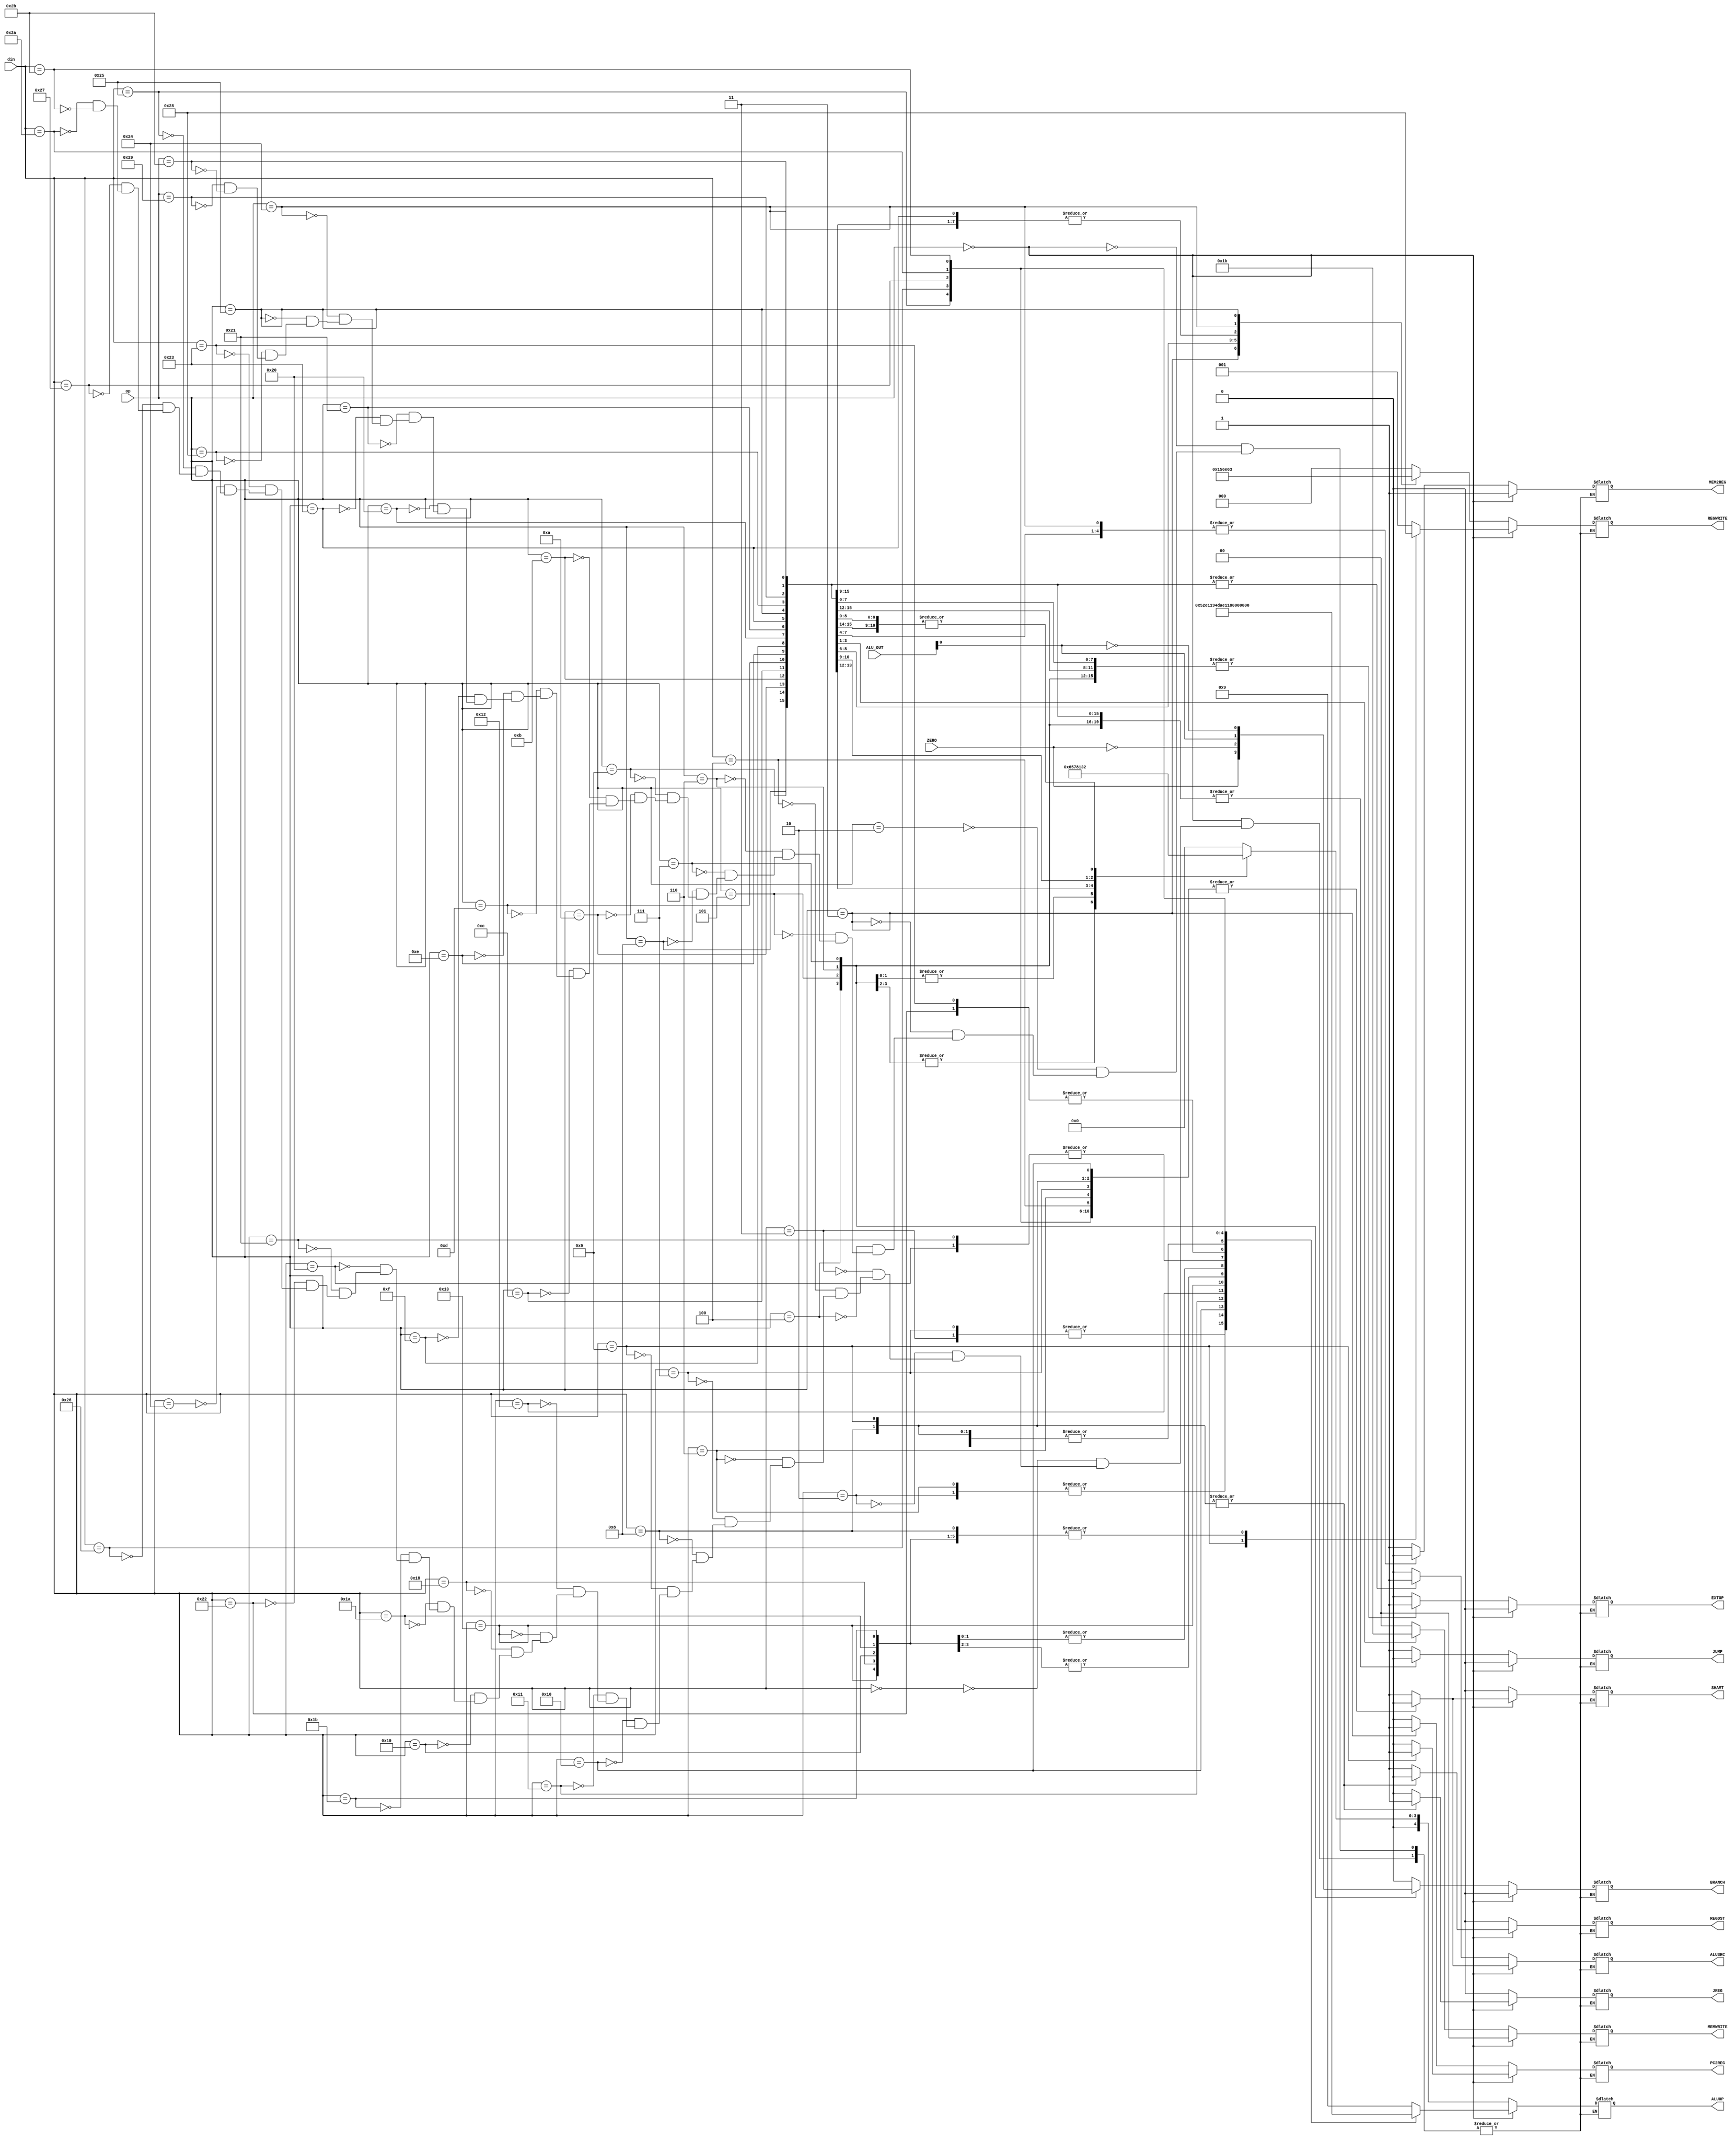
`timescale 1ns / 1ps

module MainControl(op, din, ALU_OUT, ZERO, REGDST, REGWRITE, EXTOP,
    ALUSRC, ALUOP, MEMWRITE, MEM2REG, SHAMT, JUMP, BRANCH, PC2REG, JREG
    );
    input [31:0] ALU_OUT;
    input [5:0] op;
    input [5:0] din;
    input ZERO;
    output reg [4:0] ALUOP;
    output reg [2:0] REGWRITE;
    output reg [1:0] MEMWRITE;
    
    output reg REGDST;
    output reg EXTOP;
    output reg ALUSRC;
    output reg MEM2REG;
    output reg SHAMT;
    output reg JUMP;
    output reg BRANCH;
    output reg PC2REG;
    output reg JREG;
    
    always @(*) begin
        // Rtype
        if (op == 0) begin
            case(din)                     
                6'h00 : begin // SLL      
                    REGWRITE <= 1;        
                    MEMWRITE <= 0;        
                    MEM2REG <= 1;         
                    REGDST <= 1;          
                    ALUOP <= 5'b01001;    
                    EXTOP <= 0;           
                    ALUSRC <= 1;          
                    SHAMT <= 1;           
                    JUMP <= 0;            
                    BRANCH <= 0;          
                    PC2REG <= 0;          
                    JREG <= 0;            
                end
                6'h02 : begin // SRL
                    REGWRITE <= 1;
                    MEMWRITE <= 0;
                    MEM2REG <= 1;
                    REGDST <= 1;
                    ALUOP <= 5'b01010;
                    EXTOP <= 0;
                    ALUSRC <= 1;
                    SHAMT <= 1;
                    JUMP <= 0;
                    BRANCH <= 0;
                    PC2REG <= 0;
                    JREG <= 0;
                end
                6'h03 : begin // SRA
                    REGWRITE <= 1;
                    MEMWRITE <= 0;
                    MEM2REG <= 1;
                    REGDST <= 1;
                    ALUOP <= 5'b01011;
                    EXTOP <= 0;
                    ALUSRC <= 1;
                    SHAMT <= 1;
                    JUMP <= 0;
                    BRANCH <= 0;
                    PC2REG <= 0;
                    JREG <= 0;
                end
                6'h04 : begin // SLLV
                    REGWRITE <= 1;
                    MEMWRITE <= 0;
                    MEM2REG <= 1;
                    REGDST <= 1;
                    ALUOP <= 5'b01001;
                    EXTOP <= 0;
                    ALUSRC <= 0;
                    SHAMT <= 0;
                    JUMP <= 0;
                    BRANCH <= 0;
                    PC2REG <= 0;
                    JREG <= 0;
                end
                6'h06 : begin // SRLV
                    REGWRITE <= 1;
                    MEMWRITE <= 0;
                    MEM2REG <= 1;
                    REGDST <= 1;
                    ALUOP <= 5'b01010;
                    EXTOP <= 0;
                    ALUSRC <= 0;
                    SHAMT <= 0;
                    JUMP <= 0;
                    BRANCH <= 0;
                    PC2REG <= 0;
                    JREG <= 0;
                end
                6'h07 : begin // SRAV
                    REGWRITE <= 1;
                    MEMWRITE <= 0;
                    MEM2REG <= 1;
                    REGDST <= 1;
                    ALUOP <= 5'b01011;
                    EXTOP <= 0;
                    ALUSRC <= 0;
                    SHAMT <= 0;
                    JUMP <= 0;
                    BRANCH <= 0;
                    PC2REG <= 0;
                    JREG <= 0;
                end
                6'h08 : begin // JR
                    REGWRITE <= 0;
                    MEMWRITE <= 0;
                    MEM2REG <= 1;
                    REGDST <= 0;
                    ALUOP <= 5'b00000;
                    EXTOP <= 0;
                    ALUSRC <= 0;
                    SHAMT <= 0;
                    JUMP <= 0;
                    BRANCH <= 0;
                    PC2REG <= 0;
                    JREG <= 1;
                end
                6'h09 : begin // JALR
                    REGWRITE <= 5;
                    MEMWRITE <= 0;
                    MEM2REG <= 1;
                    REGDST <= 0;
                    ALUOP <= 5'b00000;
                    EXTOP <= 0;
                    ALUSRC <= 0;
                    SHAMT <= 0;
                    JUMP <= 0;
                    BRANCH <= 0;
                    PC2REG <= 1;
                    JREG <= 1;
                end
                6'h10 : begin // MFHI
                    REGWRITE <= 1;
                    MEMWRITE <= 0;
                    MEM2REG <= 1;
                    REGDST <= 1;
                    ALUOP <= 5'b10000;
                    EXTOP <= 0;
                    ALUSRC <= 0;
                    SHAMT <= 0;
                    JUMP <= 0;
                    BRANCH <= 0;
                    PC2REG <= 0;
                    JREG <= 0;
                end
                6'h11 : begin // MTHI
                    REGWRITE <= 0;
                    MEMWRITE <= 0;
                    MEM2REG <= 1;
                    REGDST <= 1;
                    ALUOP <= 5'b10001;
                    EXTOP <= 0;
                    ALUSRC <= 0;
                    SHAMT <= 0;
                    JUMP <= 0;
                    BRANCH <= 0;
                    PC2REG <= 0;
                    JREG <= 0;
                end
                6'h12 : begin // MFLO
                    REGWRITE <= 1;
                    MEMWRITE <= 0;
                    MEM2REG <= 1;
                    REGDST <= 1;
                    ALUOP <= 5'b10010;
                    EXTOP <= 0;
                    ALUSRC <= 0;
                    SHAMT <= 0;
                    JUMP <= 0;
                    BRANCH <= 0;
                    PC2REG <= 0;
                    JREG <= 0;
                end
                6'h13 : begin // MTLO
                    REGWRITE <= 0;
                    MEMWRITE <= 0;
                    MEM2REG <= 1;
                    REGDST <= 1;
                    ALUOP <= 5'b10011;
                    EXTOP <= 0;
                    ALUSRC <= 0;
                    SHAMT <= 0;
                    JUMP <= 0;
                    BRANCH <= 0;
                    PC2REG <= 0;
                    JREG <= 0;
                end
                6'h18 : begin // MULT = MULTU
                    REGWRITE <= 0;
                    MEMWRITE <= 0;
                    MEM2REG <= 1;
                    REGDST <= 1;
                    ALUOP <= 5'b01101;
                    EXTOP <= 0;
                    ALUSRC <= 0;
                    SHAMT <= 0;
                    JUMP <= 0;
                    BRANCH <= 0;
                    PC2REG <= 0;
                    JREG <= 0;
                end
                6'h19 : begin // MULTU
                    REGWRITE <= 0;
                    MEMWRITE <= 0;
                    MEM2REG <= 1;
                    REGDST <= 1;
                    ALUOP <= 5'b01101;
                    EXTOP <= 0;
                    ALUSRC <= 0;
                    SHAMT <= 0;
                    JUMP <= 0;
                    BRANCH <= 0;
                    PC2REG <= 0;
                    JREG <= 0;
                end
                6'h1a : begin // DIV = DIVU
                    REGWRITE <= 0;
                    MEMWRITE <= 0;
                    MEM2REG <= 1;
                    REGDST <= 1;
                    ALUOP <= 5'b01110;
                    EXTOP <= 0;
                    ALUSRC <= 0;
                    SHAMT <= 0;
                    JUMP <= 0;
                    BRANCH <= 0;
                    PC2REG <= 0;
                    JREG <= 0;
                end
                6'h1b : begin // DIVU
                    REGWRITE <= 0;
                    MEMWRITE <= 0;
                    MEM2REG <= 1;
                    REGDST <= 1;
                    ALUOP <= 5'b01110;
                    EXTOP <= 0;
                    ALUSRC <= 0;
                    SHAMT <= 0;
                    JUMP <= 0;
                    BRANCH <= 0;
                    PC2REG <= 0;
                    JREG <= 0;
                end
                6'h20 : begin // ADD
                    REGWRITE <= 1;
                    MEMWRITE <= 0;
                    MEM2REG <= 1;
                    REGDST <= 1;
                    ALUOP <= 5'b00010;
                    EXTOP <= 0;
                    ALUSRC <= 0;
                    SHAMT <= 0;
                    JUMP <= 0;
                    BRANCH <= 0;
                    PC2REG <= 0;
                    JREG <= 0;
                end
                6'h21 : begin // ADDU
                    REGWRITE <= 1;
                    MEMWRITE <= 0;
                    MEM2REG <= 1;
                    REGDST <= 1;
                    ALUOP <= 5'b00010;
                    EXTOP <= 0;
                    ALUSRC <= 0;
                    SHAMT <= 0;
                    JUMP <= 0;
                    BRANCH <= 0;
                    PC2REG <= 0;
                    JREG <= 0;
                end
                6'h22 : begin // SUB
                    REGWRITE <= 1;
                    MEMWRITE <= 0;
                    MEM2REG <= 1;
                    REGDST <= 1;
                    ALUOP <= 5'b00110;
                    EXTOP <= 0;
                    ALUSRC <= 0;
                    SHAMT <= 0;
                    JUMP <= 0;
                    BRANCH <= 0;
                    PC2REG <= 0;
                    JREG <= 0;
                end
                6'h23 : begin // SUBU
                    REGWRITE <= 1;
                    MEMWRITE <= 0;
                    MEM2REG <= 1;
                    REGDST <= 1;
                    ALUOP <= 5'b00110;
                    EXTOP <= 0;
                    ALUSRC <= 0;
                    SHAMT <= 0;
                    JUMP <= 0;
                    BRANCH <= 0;
                    PC2REG <= 0;
                    JREG <= 0;
                end
                6'h24 : begin // AND
                    REGWRITE <= 1;
                    MEMWRITE <= 0;
                    MEM2REG <= 1;
                    REGDST <= 1;
                    ALUOP <= 5'b00000;
                    EXTOP <= 0;
                    ALUSRC <= 0;
                    SHAMT <= 0;
                    JUMP <= 0;
                    BRANCH <= 0;
                    PC2REG <= 0;
                    JREG <= 0;
                end
                6'h25 : begin // OR
                    REGWRITE <= 1;
                    MEMWRITE <= 0;
                    MEM2REG <= 1;
                    REGDST <= 1;
                    ALUOP <= 5'b00001;
                    EXTOP <= 0;
                    ALUSRC <= 0;
                    SHAMT <= 0;
                    JUMP <= 0;
                    BRANCH <= 0;
                    PC2REG <= 0;
                    JREG <= 0;
                end
                6'h26 : begin // XOR
                    REGWRITE <= 1;
                    MEMWRITE <= 0;
                    MEM2REG <= 1;
                    REGDST <= 1;
                    ALUOP <= 5'b00011;
                    EXTOP <= 0;
                    ALUSRC <= 0;
                    SHAMT <= 0;
                    JUMP <= 0;
                    BRANCH <= 0;
                    PC2REG <= 0;
                    JREG <= 0;
                end
                6'h27 : begin // NOR
                    REGWRITE <= 1;
                    MEMWRITE <= 0;
                    MEM2REG <= 1;
                    REGDST <= 1;
                    ALUOP <= 5'b01100;
                    EXTOP <= 0;
                    ALUSRC <= 0;
                    SHAMT <= 0;
                    JUMP <= 0;
                    BRANCH <= 0;
                    PC2REG <= 0;
                    JREG <= 0;
                end
                6'h2a : begin // SLT
                    REGWRITE <= 1;
                    MEMWRITE <= 0;
                    MEM2REG <= 1;
                    REGDST <= 1;
                    ALUOP <= 5'b00111;
                    EXTOP <= 0;
                    ALUSRC <= 0;
                    SHAMT <= 0;
                    JUMP <= 0;
                    BRANCH <= 0;
                    PC2REG <= 0;
                    JREG <= 0;
                end
                6'h2b : begin // SLTU
                    REGWRITE <= 1;
                    MEMWRITE <= 0;
                    MEM2REG <= 1;
                    REGDST <= 1;
                    ALUOP <= 5'b01000;
                    EXTOP <= 0;
                    ALUSRC <= 0;
                    SHAMT <= 0;
                    JUMP <= 0;
                    BRANCH <= 0;
                    PC2REG <= 0;
                    JREG <= 0;
                end
            endcase
        end else begin //Itype & Jtype
            case(op)
                6'h02 : begin // J
                    REGDST <= 0;
                    EXTOP <= 0;
                    ALUSRC <= 0;
                    ALUOP <= 5'b00000;
                    REGWRITE <= 0;
                    MEMWRITE <= 0;
                    MEM2REG <= 1;
                    SHAMT <= 0;
                    JUMP <= 1;
                    BRANCH <= 0;
                    PC2REG <= 0;
                    JREG <= 0;
                end
                6'h03 : begin // JAL
                    REGDST <= 0;
                    EXTOP <= 0;
                    ALUSRC <= 0;
                    ALUOP <= 5'b00000;
                    REGWRITE <= 5;
                    MEMWRITE <= 0;
                    MEM2REG <= 1;
                    SHAMT <= 0;
                    JUMP <= 1;
                    BRANCH <= 0;
                    PC2REG <= 1;
                    JREG <= 0;
                end
                6'h04 : begin // BEQ
                    REGDST <= 0;
                    EXTOP <= 1;
                    ALUSRC <= 0;
                    ALUOP <= 5'b00110;
                    REGWRITE <= 0;
                    MEMWRITE <= 0;
                    MEM2REG <= 1;
                    SHAMT <= 0;
                    JUMP <= 0;
                    BRANCH <= ZERO;
                    PC2REG <= 0;
                    JREG <= 0;
                end
                6'h05 : begin // BNE
                    REGDST <= 0;
                    EXTOP <= 1;
                    ALUSRC <= 0;
                    ALUOP <= 5'b00110;
                    REGWRITE <= 0;
                    MEMWRITE <= 0;
                    MEM2REG <= 1;
                    SHAMT <= 0;
                    JUMP <= 0;
                    BRANCH <= !ZERO;
                    PC2REG <= 0;
                    JREG <= 0;
                end
                6'h06 : begin // BLEZ
                    REGDST <= 0;
                    EXTOP <= 1;
                    ALUSRC <= 0;
                    ALUOP <= 5'b00101;
                    REGWRITE <= 0;
                    MEMWRITE <= 0;
                    MEM2REG <= 1;
                    SHAMT <= 0;
                    JUMP <= 0;
                    BRANCH <= ALU_OUT[0];
                    PC2REG <= 0;
                    JREG <= 0;
                end
                6'h07 : begin // BGTZ
                    REGDST <= 0;
                    EXTOP <= 1;
                    ALUSRC <= 0;
                    ALUOP <= 5'b00101;
                    REGWRITE <= 0;
                    MEMWRITE <= 0;
                    MEM2REG <= 1;
                    SHAMT <= 0;
                    JUMP <= 0;
                    BRANCH <= !ALU_OUT[0];
                    PC2REG <= 0;
                    JREG <= 0;
                end
                6'h08 : begin // ADDI
                    REGDST <= 0;
                    EXTOP <= 1;
                    ALUSRC <= 1;
                    ALUOP <= 5'b00010;
                    REGWRITE <= 1;
                    MEMWRITE <= 0;
                    MEM2REG <= 1;
                    SHAMT <= 0;
                    JUMP <= 0;
                    BRANCH <= 0;
                    PC2REG <= 0;
                    JREG <= 0;
                end
                6'h09 : begin // ADDIU
                    REGDST <= 0;
                    EXTOP <= 1;
                    ALUSRC <= 1;
                    ALUOP <= 5'b00010;
                    REGWRITE <= 1;
                    MEMWRITE <= 0;
                    MEM2REG <= 1;
                    SHAMT <= 0;
                    JUMP <= 0;
                    BRANCH <= 0;
                    PC2REG <= 0;
                    JREG <= 0;
                end
                6'h0a : begin // SLTI
                    REGDST <= 0;
                    EXTOP <= 1;
                    ALUSRC <= 1;
                    ALUOP <= 5'b00111;
                    REGWRITE <= 1;
                    MEMWRITE <= 0;
                    MEM2REG <= 1;
                    SHAMT <= 0;
                    JUMP <= 0;
                    BRANCH <= 0;
                    PC2REG <= 0;
                    JREG <= 0;
                end
                6'h0b : begin // SLTIU
                    REGDST <= 0;
                    EXTOP <= 1;
                    ALUSRC <= 1;
                    ALUOP <= 5'b01000;
                    REGWRITE <= 1;
                    MEMWRITE <= 0;
                    MEM2REG <= 1;
                    SHAMT <= 0;
                    JUMP <= 0;
                    BRANCH <= 0;
                    PC2REG <= 0;
                    JREG <= 0;
                end
                6'h0c : begin // ANDI
                    REGDST <= 0;
                    EXTOP <= 0;
                    ALUSRC <= 1;
                    ALUOP <= 5'b00000;
                    REGWRITE <= 1;
                    MEMWRITE <= 0;
                    MEM2REG <= 1;
                    SHAMT <= 0;
                    JUMP <= 0;
                    BRANCH <= 0;
                    PC2REG <= 0;
                    JREG <= 0;
                end
                6'h0d : begin // ORI
                    REGDST <= 0;
                    EXTOP <= 0;
                    ALUSRC <= 1;
                    ALUOP <= 5'b00001;
                    REGWRITE <= 1;
                    MEMWRITE <= 0;
                    MEM2REG <= 1;
                    SHAMT <= 0;
                    JUMP <= 0;
                    BRANCH <= 0;
                    PC2REG <= 0;
                    JREG <= 0;
                end
                6'h0e : begin // XORI
                    REGDST <= 0;
                    EXTOP <= 0;
                    ALUSRC <= 1;
                    ALUOP <= 5'b00011;
                    REGWRITE <= 1;
                    MEMWRITE <= 0;
                    MEM2REG <= 1;
                    SHAMT <= 0;
                    JUMP <= 0;
                    BRANCH <= 0;
                    PC2REG <= 0;
                    JREG <= 0;
                end
                6'h0f : begin // LUI
                    REGDST <= 0;
                    EXTOP <= 0;
                    ALUSRC <= 1;
                    ALUOP <= 5'b00010;
                    REGWRITE <= 2;
                    MEMWRITE <= 0;
                    MEM2REG <= 1;
                    SHAMT <= 0;
                    JUMP <= 0;
                    BRANCH <= 0;
                    PC2REG <= 0;
                    JREG <= 0;
                end
                6'h20 : begin // LB
                    REGDST <= 0;
                    EXTOP <= 1;
                    ALUSRC <= 1;
                    ALUOP <= 5'b00010;
                    REGWRITE <= 6;
                    MEMWRITE <= 0;
                    MEM2REG <= 0;
                    SHAMT <= 0;
                    JUMP <= 0;
                    BRANCH <= 0;
                    PC2REG <= 0;
                    JREG <= 0;
                end
                6'h21 : begin // LH
                    REGDST <= 0;
                    EXTOP <= 1;
                    ALUSRC <= 1;
                    ALUOP <= 5'b00010;
                    REGWRITE <= 7;
                    MEMWRITE <= 0;
                    MEM2REG <= 0;
                    SHAMT <= 0;
                    JUMP <= 0;
                    BRANCH <= 0;
                    PC2REG <= 0;
                    JREG <= 0;
                end
                6'h23 : begin // LW
                    REGDST <= 0;
                    EXTOP <= 1;
                    ALUSRC <= 1;
                    ALUOP <= 5'b00010;
                    REGWRITE <= 1;
                    MEMWRITE <= 0;
                    MEM2REG <= 0;
                    SHAMT <= 0;
                    JUMP <= 0;
                    BRANCH <= 0;
                    PC2REG <= 0;
                    JREG <= 0;
                end
                6'h24 : begin // LBU
                    REGDST <= 0;
                    EXTOP <= 1;
                    ALUSRC <= 1;
                    ALUOP <= 5'b00010;
                    REGWRITE <= 4;
                    MEMWRITE <= 0;
                    MEM2REG <= 0;
                    SHAMT <= 0;
                    JUMP <= 0;
                    BRANCH <= 0;
                    PC2REG <= 0;
                    JREG <= 0;
                end
                6'h25 : begin // LHU
                    REGDST <= 0;
                    EXTOP <= 1;
                    ALUSRC <= 1;
                    ALUOP <= 5'b00010;
                    REGWRITE <= 3;
                    MEMWRITE <= 0;
                    MEM2REG <= 0;
                    SHAMT <= 0;
                    JUMP <= 0;
                    BRANCH <= 0;
                    PC2REG <= 0;
                    JREG <= 0;
                end
                6'h28 : begin // SB
                    REGDST <= 0;
                    EXTOP <= 1;
                    ALUSRC <= 1;
                    ALUOP <= 5'b00010;
                    REGWRITE <= 0;
                    MEMWRITE <= 1;
                    MEM2REG <= 1;
                    SHAMT <= 0;
                    JUMP <= 0;
                    BRANCH <= 0;
                    PC2REG <= 0;
                    JREG <= 0;
                end
                6'h29 : begin // SH
                    REGDST <= 0;
                    EXTOP <= 1;
                    ALUSRC <= 1;
                    ALUOP <= 5'b00010;
                    REGWRITE <= 0;
                    MEMWRITE <= 2;
                    MEM2REG <= 1;
                    SHAMT <= 0;
                    JUMP <= 0;
                    BRANCH <= 0;
                    PC2REG <= 0;
                    JREG <= 0;
                end
                6'h2b : begin // SW
                    REGDST <= 0;
                    EXTOP <= 1;
                    ALUSRC <= 1;
                    ALUOP <= 5'b00010;
                    REGWRITE <= 0;
                    MEMWRITE <= 3;
                    MEM2REG <= 1;
                    SHAMT <= 0;
                    JUMP <= 0;
                    BRANCH <= 0;
                    PC2REG <= 0;
                    JREG <= 0;
                end
            endcase
        end
    end
endmodule